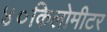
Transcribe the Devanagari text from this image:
४०किलोमीटर